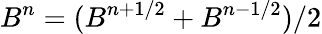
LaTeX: B^{n}=(B^{n+1/2}+B^{n-1/2})/2